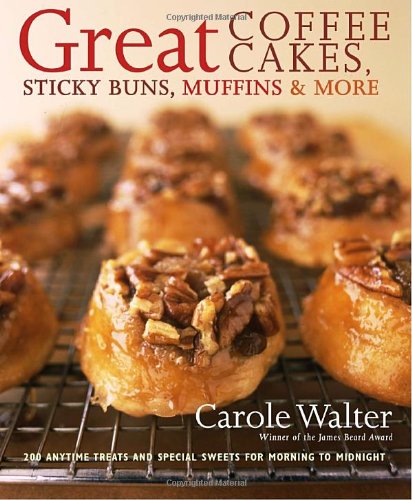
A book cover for Great Coffee Cakes, Sticky Buns, Muffins & More: 200 Anytime Treats and Special Sweets for Morning to Midnight; Carole Walter; Cookbooks, Food & Wine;